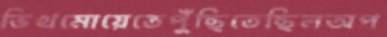
ভিখমোয়েতেপুঁছিতেছিলঅপ